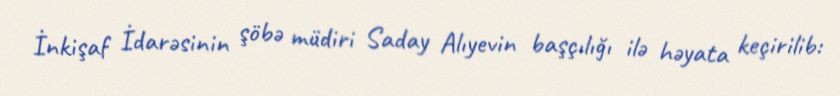
İnkişaf İdarəsinin şöbə müdiri Saday Alıyevin başçılığı ilə həyata keçirilib: